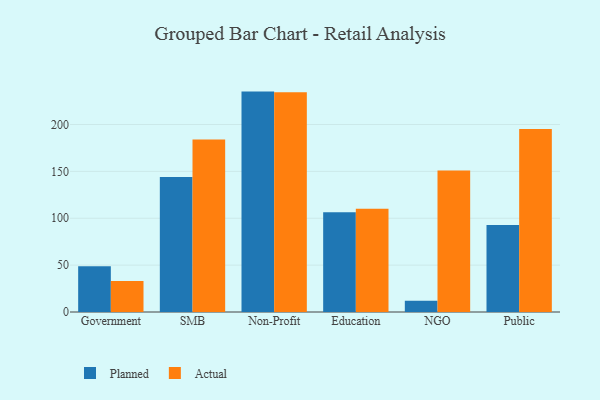
{"axis": {"x": "Segment", "y": "Conversion Rate (%)"}, "legend": ["Actual", "Planned"], "data": [{"x": "Government", "y": 48.9, "type": "Planned"}, {"x": "Government", "y": 33.2, "type": "Actual"}, {"x": "SMB", "y": 144.1, "type": "Planned"}, {"x": "SMB", "y": 183.9, "type": "Actual"}, {"x": "Non-Profit", "y": 235.1, "type": "Planned"}, {"x": "Non-Profit", "y": 234.4, "type": "Actual"}, {"x": "Education", "y": 106.5, "type": "Planned"}, {"x": "Education", "y": 110.2, "type": "Actual"}, {"x": "NGO", "y": 11.9, "type": "Planned"}, {"x": "NGO", "y": 151.0, "type": "Actual"}, {"x": "Public", "y": 92.9, "type": "Planned"}, {"x": "Public", "y": 195.3, "type": "Actual"}]}